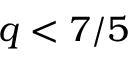
q < 7 / 5